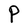
Character: P